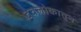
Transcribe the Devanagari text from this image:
देवलोकातुन